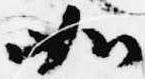
如